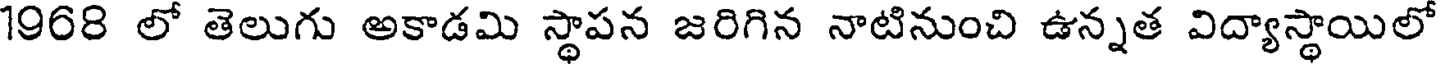
1968 లో తెలుగు అకాడమి స్థాపన జరిగిన నాటినుంచి ఉన్నత విద్యాస్థాయిలో